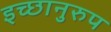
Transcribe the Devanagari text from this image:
इच्छानुरुप